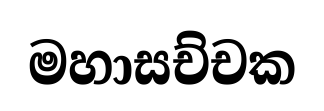
මහාසච්චක